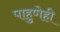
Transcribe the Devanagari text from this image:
पाहुणेही